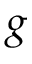
g